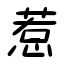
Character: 惹